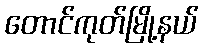
တောင်ကုတ်မြို့နယ်